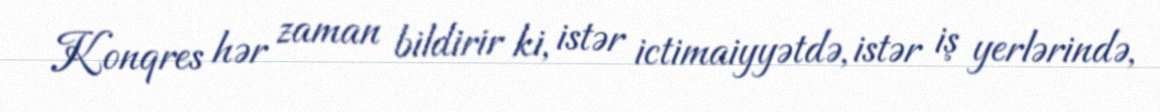
Konqres hər zaman bildirir ki, istər ictimaiyyətdə, istər iş yerlərində,